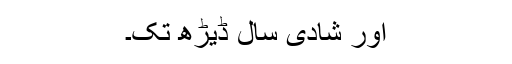
اور شادی سال ڈیڑھ تک۔